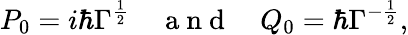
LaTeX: P_{0}=i\hbar\Gamma^{\frac{1}{2}}\quad\mathrm{~a~n~d~}\quad Q_{0}=\hbar\Gamma^{-\frac{1}{2}},